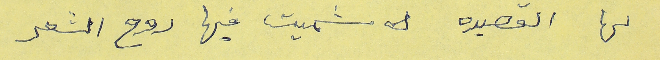
لها القصيده شميت فيها روح الشعر